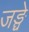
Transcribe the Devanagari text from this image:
जङ्घे